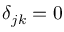
\delta _ { j k } = 0